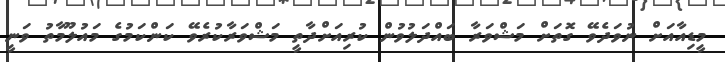
މީޑިއާއަށް ނުވަދެވޭ ގޮތަށް މަޝްވަރާ ބައްދަލުވުން ކުރިއަށްދާތީ މަޝްވަރާކުރެވޭ ކަންކަމުގެ މައުލޫމާތު ވަނީ